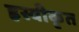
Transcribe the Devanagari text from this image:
ह्रस्वीकृत